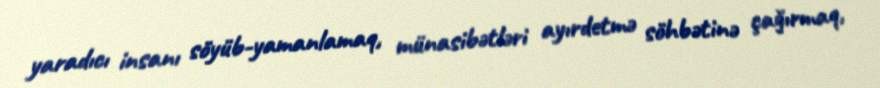
yaradıcı insanı söyüb-yamanlamaq, münasibətləri ayırdetmə söhbətinə çağırmaq,